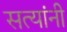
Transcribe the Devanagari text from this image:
सत्यांनी